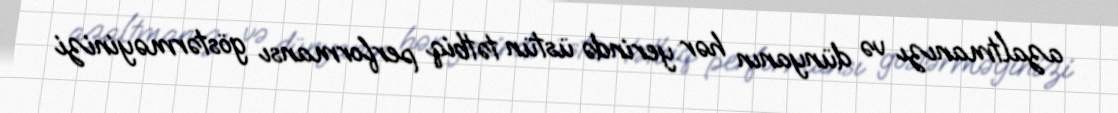
azaltmanızı və dünyanın hər yerində üstün tətbiq performansı göstərməyinizi